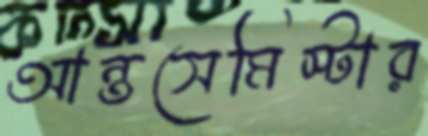
আন্তসেমিস্টার